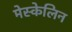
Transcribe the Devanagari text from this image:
मेस्केलिन